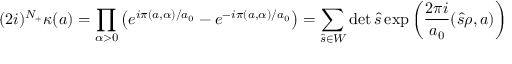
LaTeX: ( 2 i ) ^ { N _ { + } } \kappa ( a ) = \prod _ { \alpha > 0 } ^ { } \left( e ^ { i \pi ( a , \alpha ) / a _ { 0 } } - e ^ { - i \pi ( a , \alpha ) / a _ { 0 } } \right) = \sum _ { \hat { s } \in W } ^ { } \operatorname * { d e t } \hat { s } \exp \left( \frac { 2 \pi i } { a _ { 0 } } ( \hat { s } \rho , a ) \right)